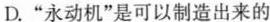
D.”永动机”是可以制造出来的